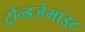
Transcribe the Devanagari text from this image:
ट्रोन्डजेमाइट